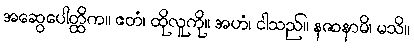
အဆွေပေါတ္ထိက။ ဧတံ၊ ထိုလူကို။ အဟံ၊ ငါသည်။ နဇာနာမိ၊ မသိ။